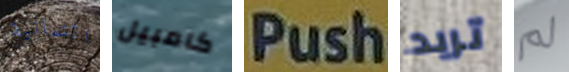
ائتمانية كامبيل Push تريد لم